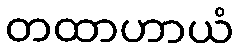
တထာဟာယံ